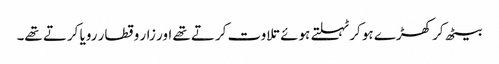
بیٹھ کر کھڑے ہو کر ٹہلتے ہوئے تلاوت کرتے تھے اور زار و قطار رویا کرتے تھے۔